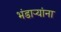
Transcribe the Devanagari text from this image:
भंडाऱ्यांना